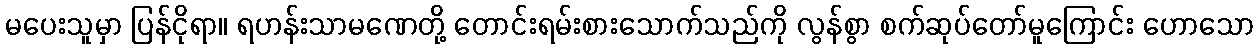
မပေးသူမှာ ပြန်ငိုရာ။ ရဟန်းသာမဏေတို့ တောင်းရမ်းစားသောက်သည်ကို လွန်စွာ စက်ဆုပ်တော်မူကြောင်း ဟောသော